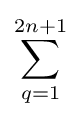
\sum _{q=1}^{2n+1}